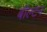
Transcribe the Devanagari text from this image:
बॉल्टन